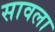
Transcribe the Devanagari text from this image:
सावला